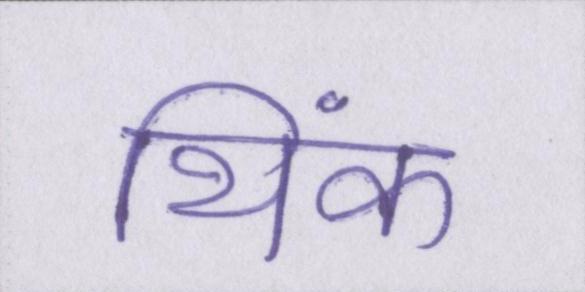
थिंक